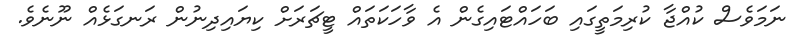
ނަމަވެސް ކުއްޖާ ކުރިމަތީގައި ބަހައްޓައިގެން އެ ވާހަކަތައް ޓީޗަރަށް ކިޔައިދިނުން ރަނގަޅެއް ނޫނެވެ.